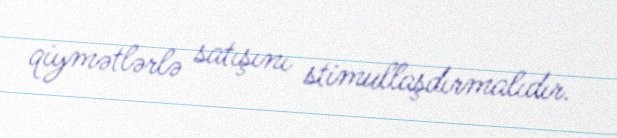
qiymətlərlə satışını stimullaşdırmalıdır.